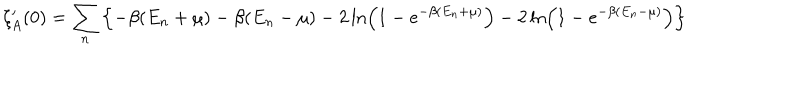
LaTeX: \zeta _ { A } ^ { \prime } ( 0 ) = \sum _ { n } \left\{ - \beta ( E _ { n } + \mu ) - \beta ( E _ { n } - \mu ) - 2 \ln \left( 1 - e ^ { - \beta ( E _ { n } + \mu ) } \right) - 2 \ln \left( 1 - e ^ { - \beta ( E _ { n } - \mu ) } \right) \right\}